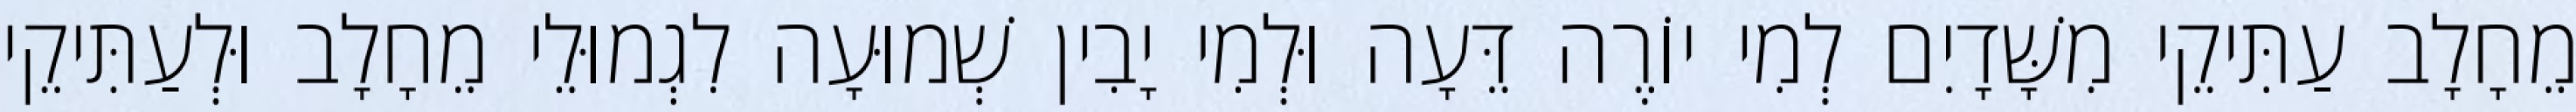
מֵחָלָב עַתִּיקֵי מִשָּׁדָיִם לְמִי יוֹרֶה דֵּעָה וּלְמִי יָבִין שְׁמוּעָה לִגְמוּלֵי מֵחָלָב וּלְעַתִּיקֵי